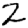
Digit: 2